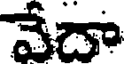
వేదా